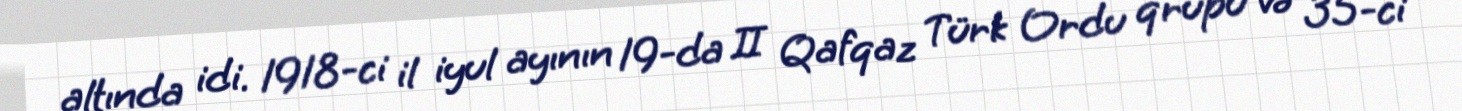
altında idi. 1918-ci il iyul ayının 19-da II Qafqaz Türk Ordu qrupu və 35-ci